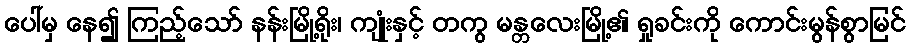
ပေါ်မှ နေ၍ ကြည့်သော် နန်းမြို့ရိုး၊ ကျုံးနှင့် တကွ မန္တလေးမြို့၏ ရှုခင်းကို ကောင်းမွန်စွာမြင်